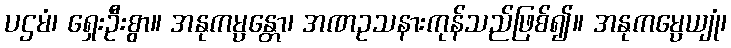
ပဌမံ၊ ရှေးဦးစွာ။ အနုကမ္ပန္တော၊ အဏဥသနားကုန်သည်ဖြစ်၍။ အနုကမ္ပေယျုံ၊